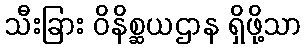
သီးခြား ဝိနိစ္ဆယဌာန ရှိဖို့သာ